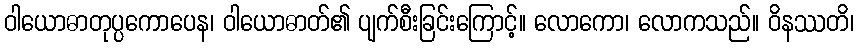
ဝါယောဓာတုပ္ပကောပေန၊ ဝါယောဓာတ်၏ ပျက်စီးခြင်းကြောင့်။ လောကော၊ လောကသည်။ ဝိနဿတိ၊